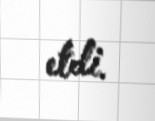
etdi.